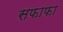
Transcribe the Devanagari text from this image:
सफाफा